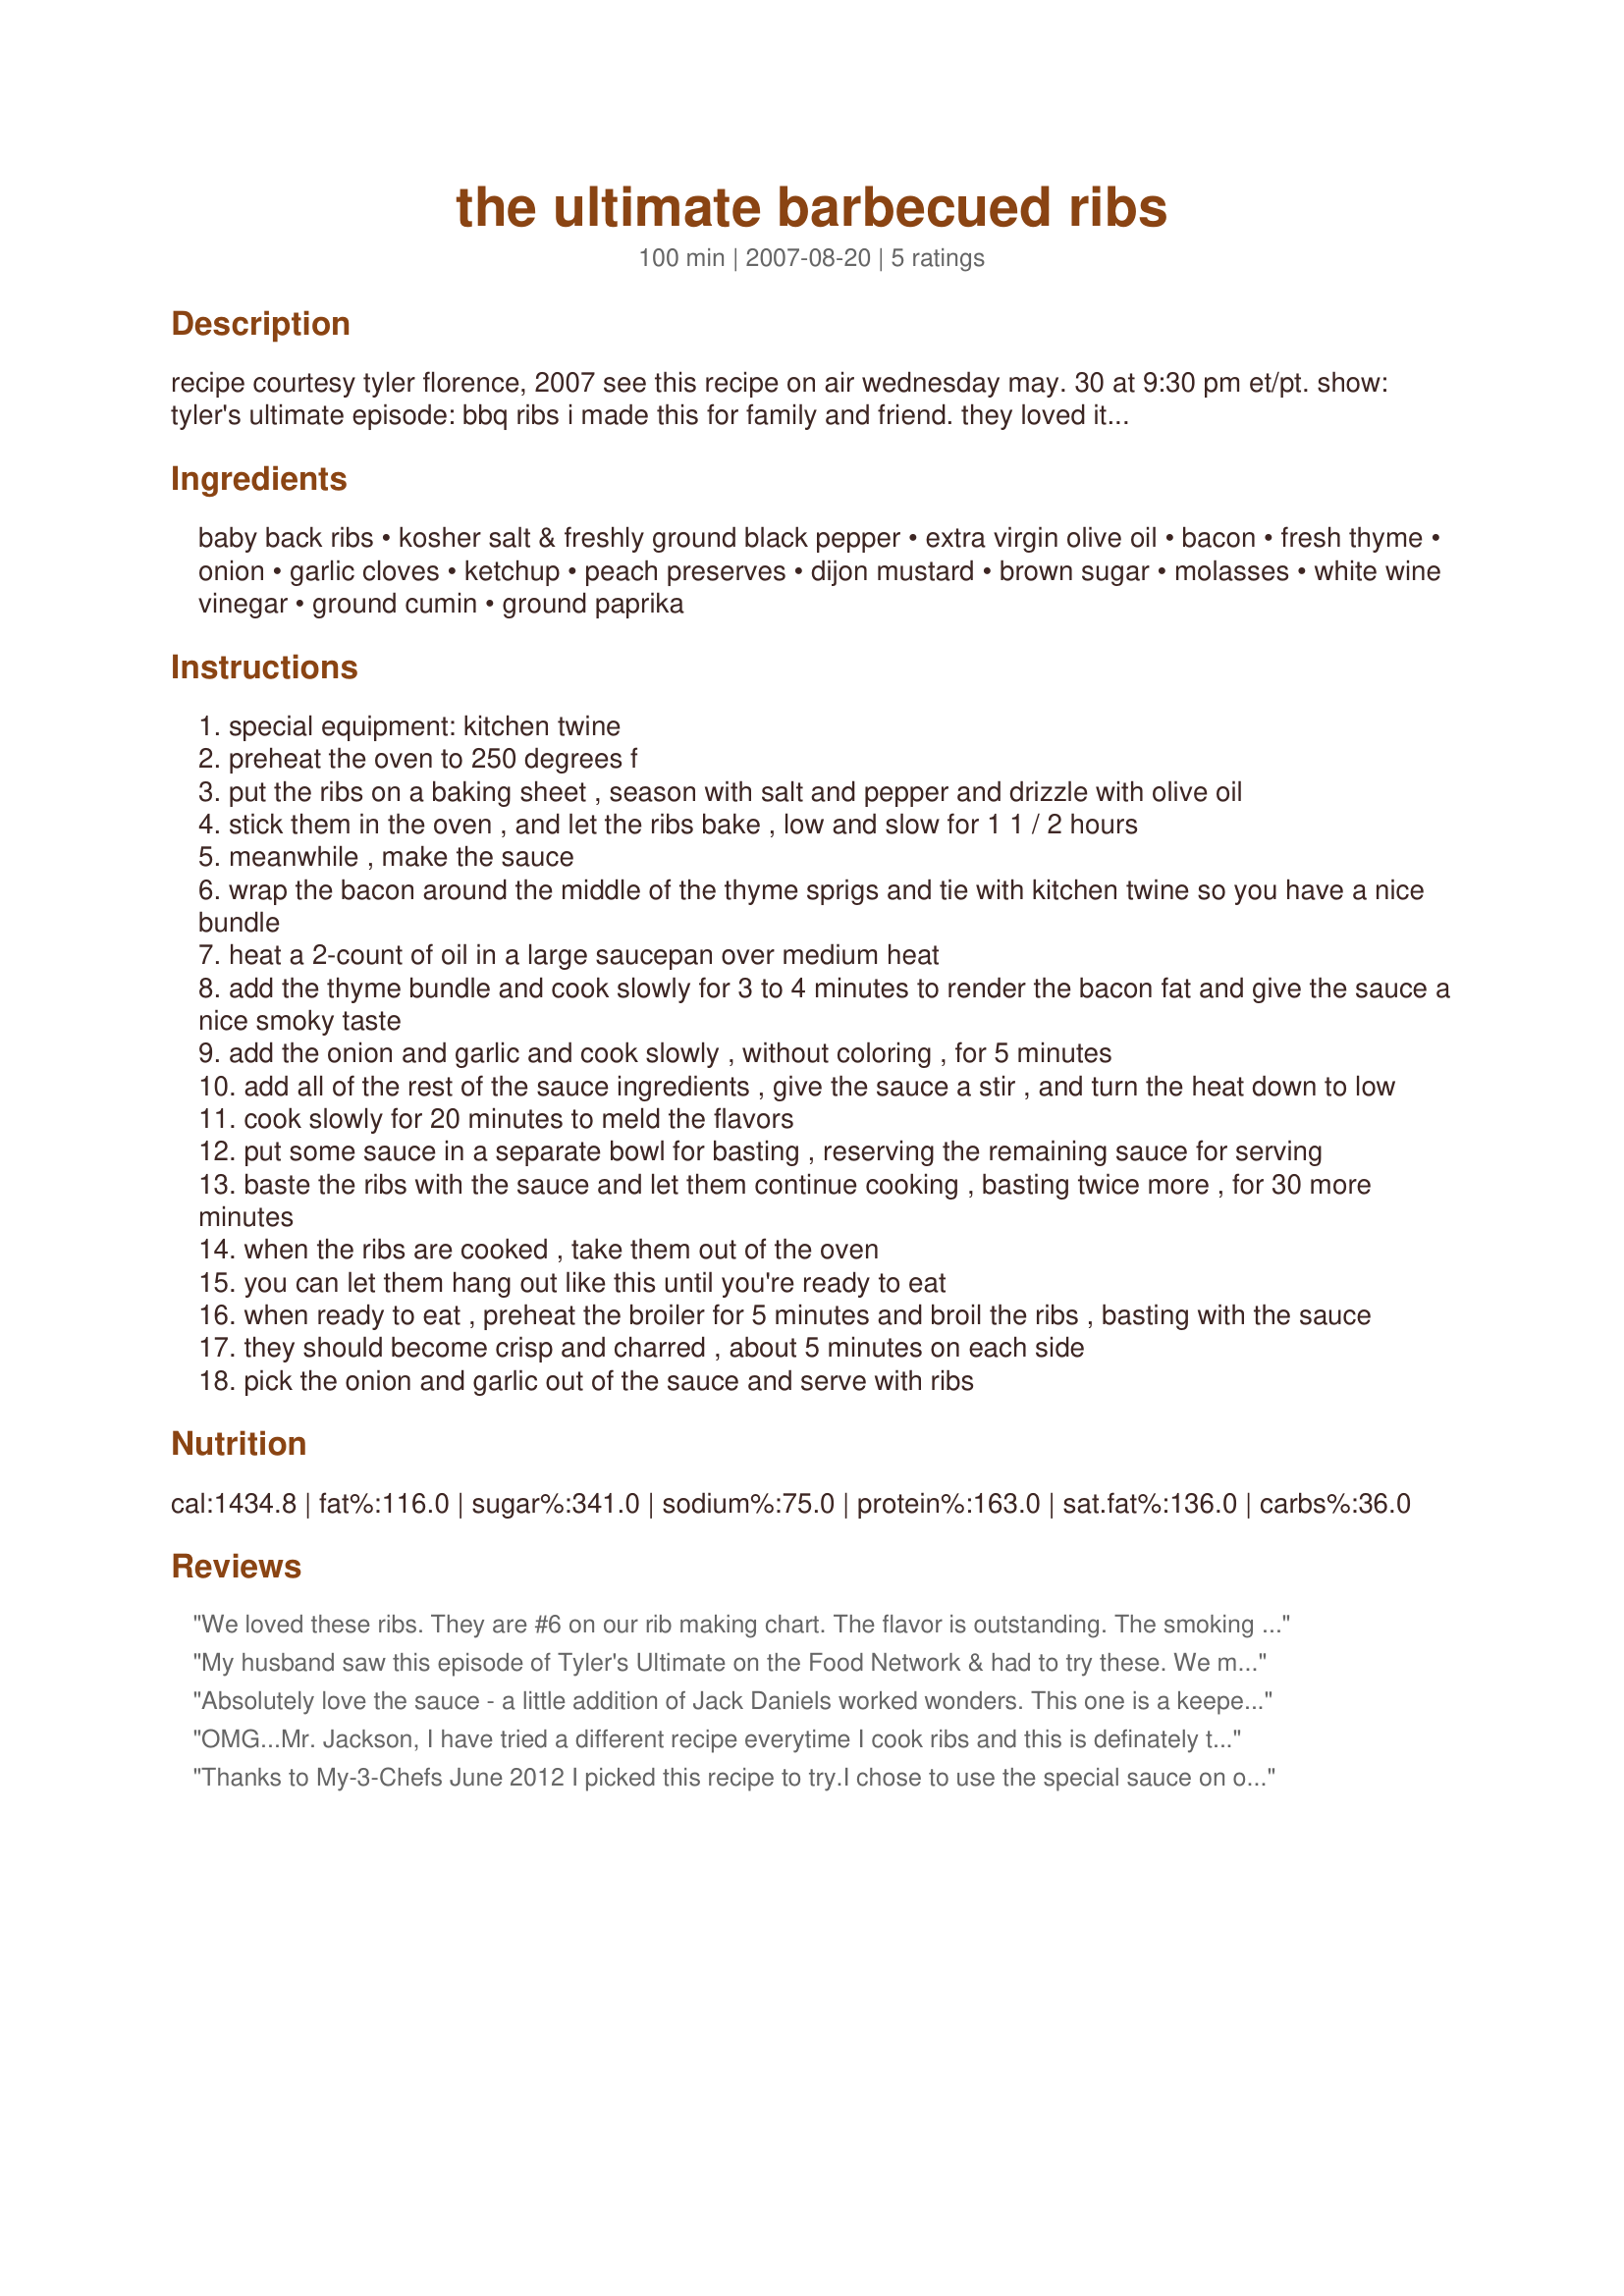
the ultimate barbecued ribs
Preparation time: 100 minutes

recipe courtesy tyler florence, 2007
see this recipe on air wednesday may. 30 at 9:30 pm et/pt.

show: tyler's ultimate
episode: bbq ribs
i made this for family and friend. they loved it. i will definitely make this again when it's raining and or too cold.

Ingredients:
baby back ribs, kosher salt & freshly ground black pepper, extra virgin olive oil, bacon, fresh thyme, onion, garlic cloves, ketchup, peach preserves, dijon mustard, brown sugar, molasses, white wine vinegar, ground cumin, ground paprika

Steps:
special equipment: kitchen twine
preheat the oven to 250 degrees f
put the ribs on a baking sheet , season with salt and pepper and drizzle with olive oil
stick them in the oven , and let the ribs bake , low and slow for 1 1 / 2 hours
meanwhile , make the sauce
wrap the bacon around the middle of the thyme sprigs and tie with kitchen twine so you have a nice bundle
heat a 2-count of oil in a large saucepan over medium heat
add the thyme bundle and cook slowly for 3 to 4 minutes to render the bacon fat and give the sauce a nice smoky taste
add the onion and garlic and cook slowly , without coloring , for 5 minutes
add all of the rest of the sauce ingredients , give the sauce a stir , and turn the heat down to low
cook slowly for 20 minutes to meld the flavors
put some sauce in a separate bowl for basting , reserving the remaining sauce for serving
baste the ribs with the sauce and let them continue cooking , basting twice more , for 30 more minutes
when the ribs are cooked , take them out of the oven
you can let them hang out like this until you're ready to eat
when ready to eat , preheat the broiler for 5 minutes and broil the ribs , basting with the sauce
they should become crisp and charred , about 5 minutes on each side
pick the onion and garlic out of the sauce and serve with ribs

Reviews:
We loved these ribs. They are #6 on our rib making chart. The flavor is outstanding. The smoking taste with the thyme and onion are to die for. The only thing I would change is to cook them longer. I would cook them at least 2 1/2 hours before the basting. This way they would fall of the bone. We found them a bit on the tough side. I will be making these again. Made for PAC Fall 07'. Thanks, Mr Jackson for posting.
My husband saw this episode of Tyler's Ultimate on the Food Network & had to try these. We made these as written except we didn't make the thyme bundle since we didn't have any fresh thyme. We threw in some dried thyme instead. We also strained the sauce after simmering, removing the bacon, onion & garlic. Rather than simply seasoning the ribs with salt & pepper, we used Emeril's essence instead. This is definitely a 'make again'!
Absolutely love the sauce - a little addition of Jack Daniels worked wonders. This one is a keeper! Did cook the ribs in low oven for 3 hrs before moving to BBQ.
OMG...Mr. Jackson, I have tried a different recipe everytime I cook ribs and this is definately the one I will use one from now on. This is the best BBQ sauce I have found on recipezarr, you have to post it by itself. I think it would be awesome on brisket, chicken, or pork. You have to try this recipe to understand the 5 star rating...I finished off the last 30 minutes of cooking time on the grill and then cranked up the heat for the last five (instead of broiling) minutes and it turned out awesome. Thank you so much for the great recipe ;)
Thanks to My-3-Chefs June 2012 I picked this recipe to try.<br/><br/>I chose to use the special sauce on our grilled chicken & Steak.<br/><br/>Wow this sauce came out soo good.<br/><br/>Will be making this dish again.
